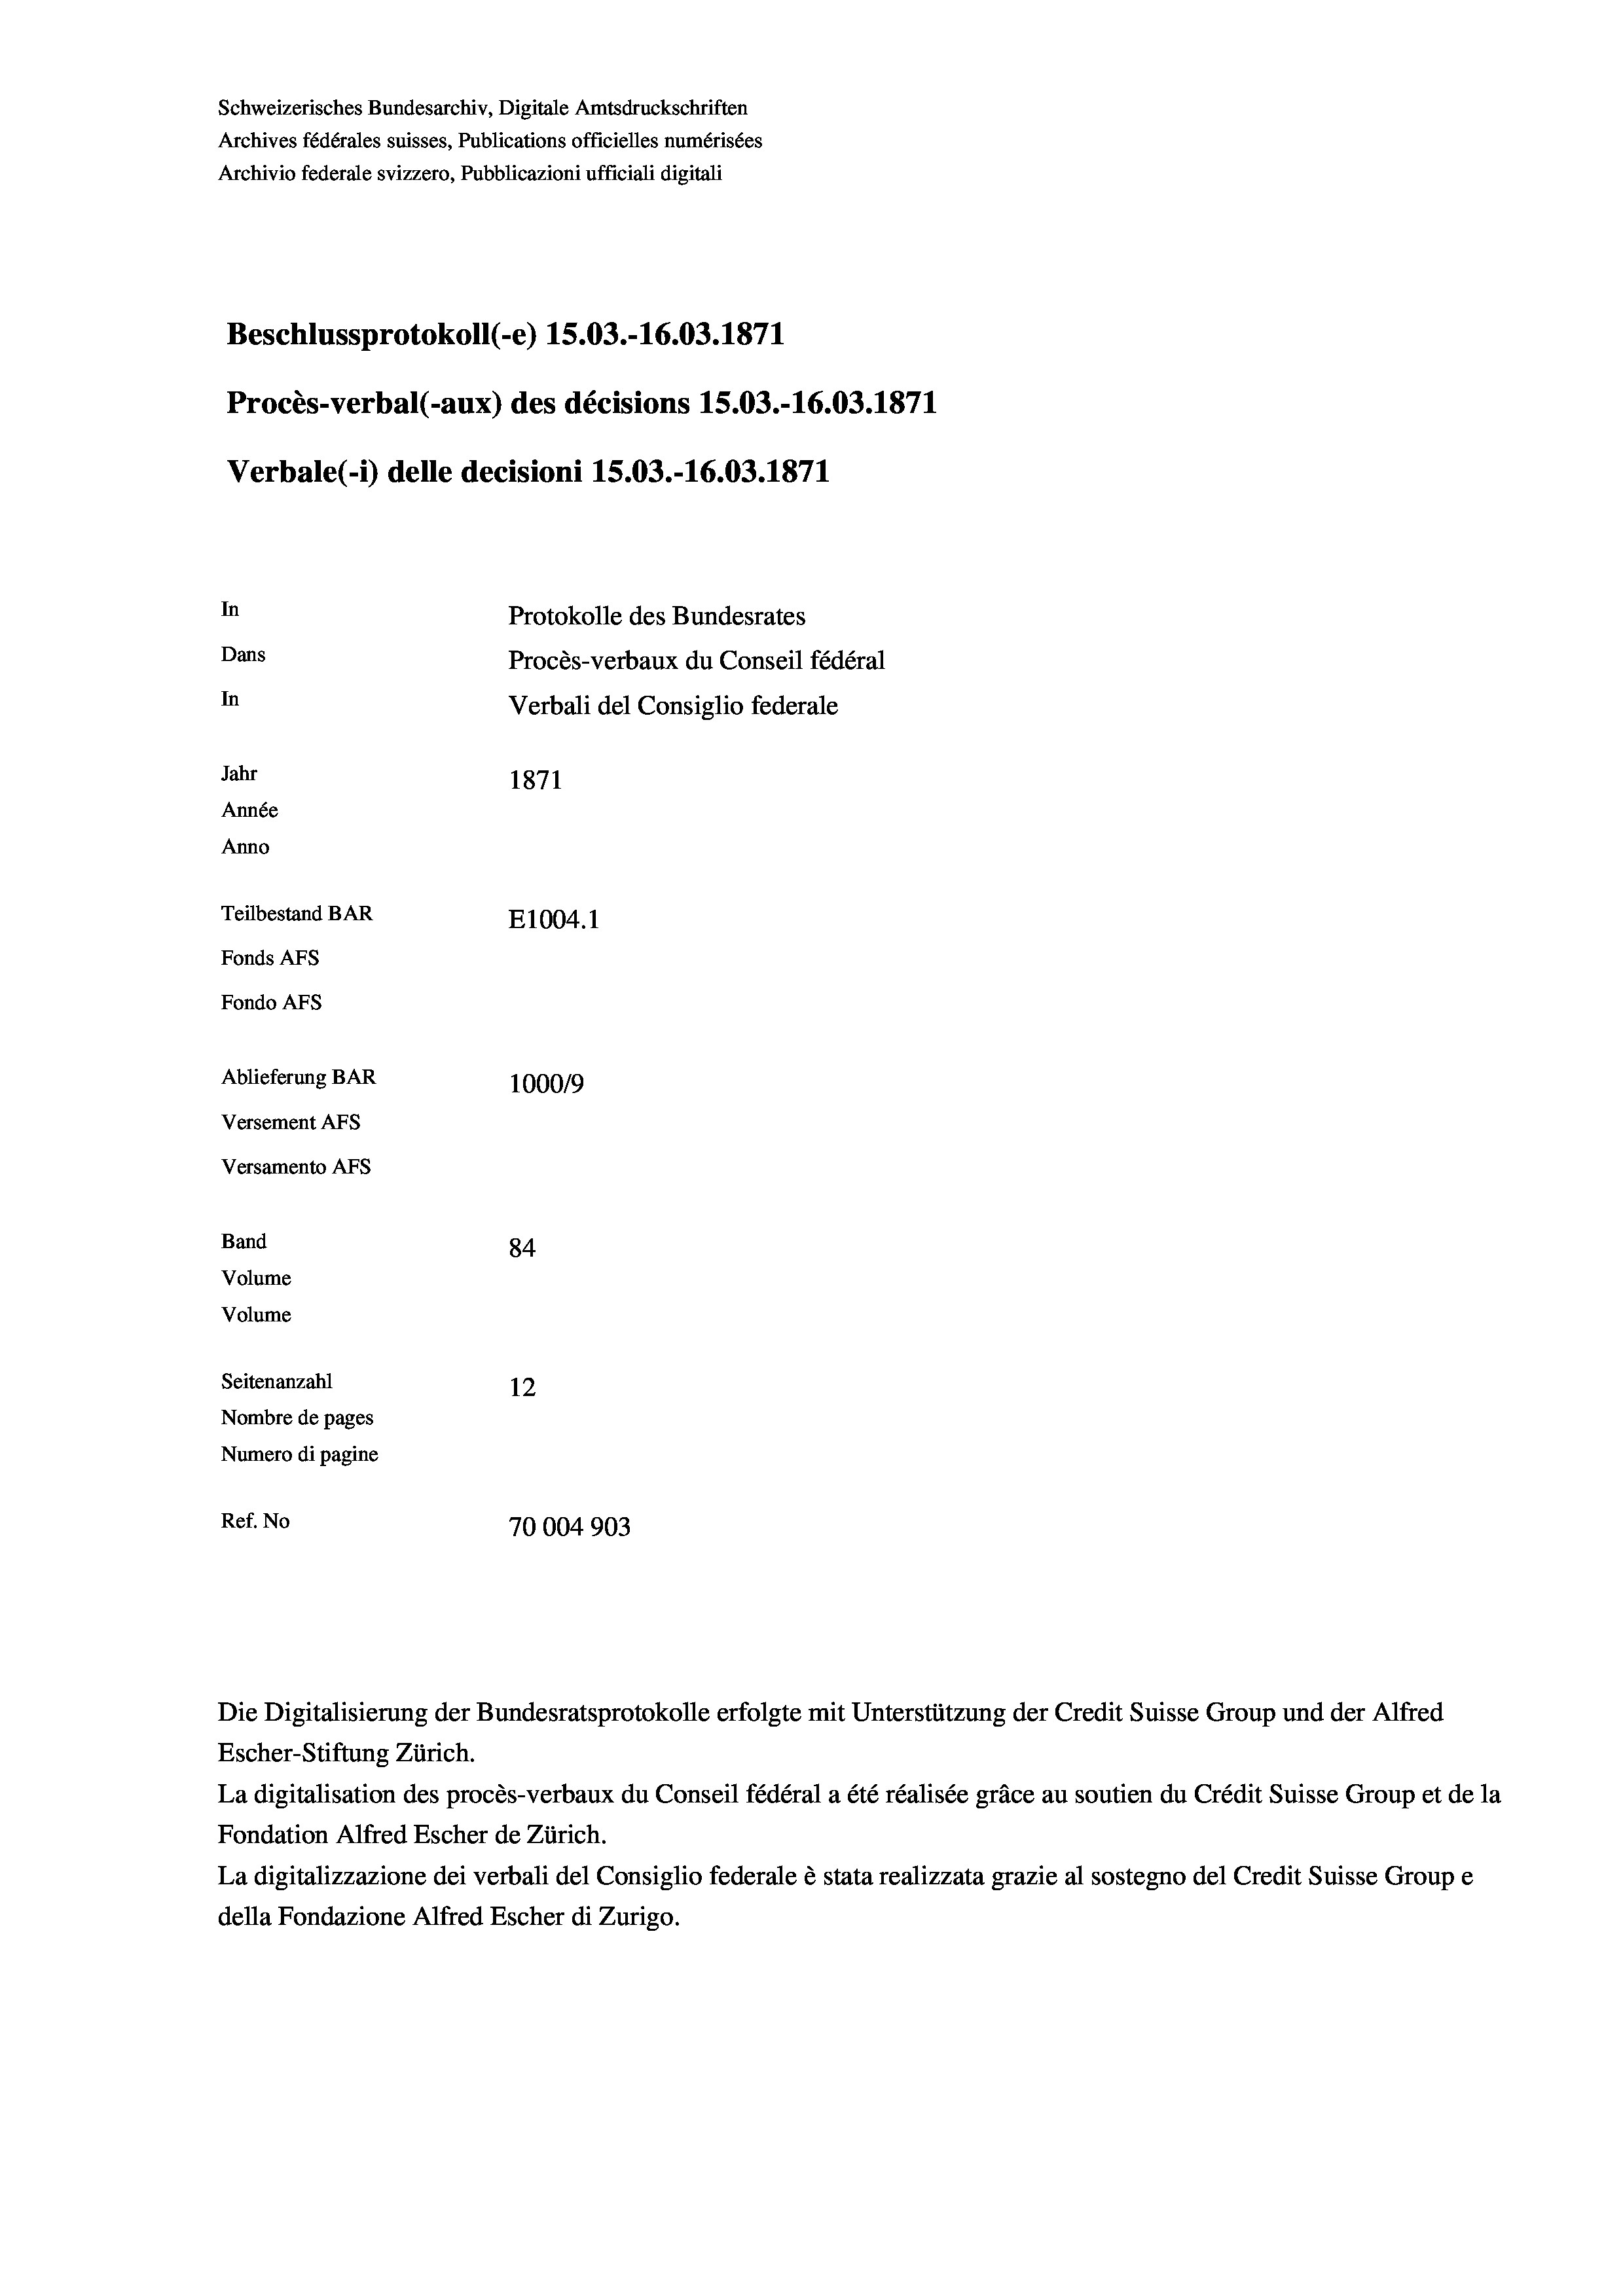
Schweizerisches Bundesarchiv, Digitale Amtsdruckschriften
Archives fédérales suisses, Publications officielles numérisées
Archivio federale svizzero, Pubblicazioni ufficiali digitali
Beschlussprotokoll (-e) 15.03.-16.03. 1871
Procès-verbal (-aux) des décisions 15.03.-16.03. 1871
Verbale (- 1) delle decisioni 15.03.-16.03. 1871
In
Protokolle des Bundesrates
Dans
Procès-verbaux du Conseil fédéral
In
Verbali del Consiglio federale
Jahr
1871
Année
Anno
Teilbestand BAR
E1004. 1
Fonds AFs
Fondo AFS
Ablieferung BAR
100019
Versement AFs
Versamento AFs
Band
84
Volume
Volume
Seitenanzahl
12
Nombre de pages
Numero di pagine

Ref. No
70004903

Escher-Stiftung Zürich.
La digitalisation des procès-verbaux du Conseil fédéral a été réalisée gräce au soutien du Crédit Suisse Group et de la
Fondation Alfred Escher de Zürich.
La digitalizzazione dei verbali del Consiglio federale è stata realizzata grazie al sostegno del Credit Suisse Groupe
della Fondazione Alfred Escher di Zurigo.

Die Digitalisierung der Bundesratsprotokolle erfolgte mit Unterstützung der Credit Suisse Group und der Alfred